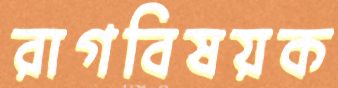
রাগবিষয়ক